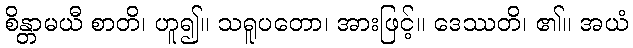
စိန္တာမယီ စာတိ၊ ဟူ၍။ သရူပတော၊ အားဖြင့်။ ဒေဿတိ၊ ၏။ အယံ